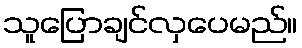
သူပြောချင်လှပေမည်။